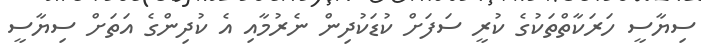
ސިޔާސީ ހަރަކާތްތަކުގެ ކުރީ ސަފަށް ކުޑަކުދިން ނެރުމާއި އެ ކުދިންގެ އަތަށް ސިޔާސީ